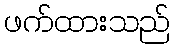
ဖက်ထားသည်